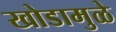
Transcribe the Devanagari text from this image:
खोडामुळे